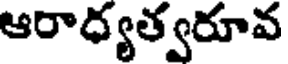
ఆరాధ్యత్వరూవ